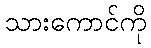
သားကောင်ကို